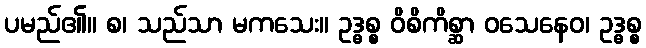
ပမည်၏။ စ၊ သည်သာ မကသေး။ ဥဒ္ဓစ္စ ဝိစိကိစ္ဆာ ဝသေနေဝ၊ ဥဒ္ဓစ္စ